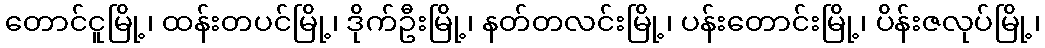
တောင်ငူမြို့၊ ထန်းတပင်မြို့၊ ဒိုက်ဦးမြို့၊ နတ်တလင်းမြို့၊ ပန်းတောင်းမြို့၊ ပိန်းဇလုပ်မြို့၊